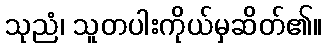
သုညံ၊ သူတပါးကိုယ်မှဆိတ်၏။